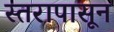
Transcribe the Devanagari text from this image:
स्तरापासून